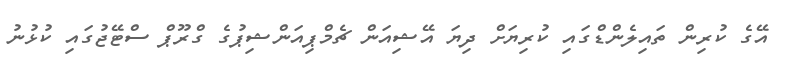
އޭގެ ކުރިން ތައިލެންޑްގައި ކުރިޔަށް ދިޔަ އޭޝިއަން ޗެމްޕިއަންޝިޕުގެ ގްރޫޕް ސްޓޭޖުގައި ކުޅުނު